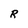
Character: R